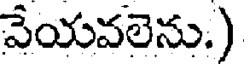
వేయవలెను.)